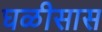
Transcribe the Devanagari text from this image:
घळीसास